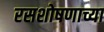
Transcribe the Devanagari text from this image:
रसशोषणाच्या